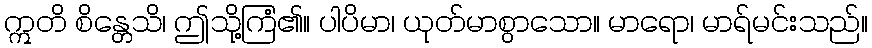
ဣတိ စိန္တေသိ၊ ဤသို့ကြံ၏။ ပါပိမာ၊ ယုတ်မာစွာသော။ မာရော၊ မာရ်မင်းသည်။